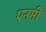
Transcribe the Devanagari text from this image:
एनमी